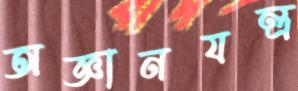
অজ্ঞানযন্ত্র